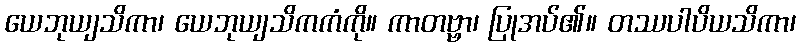
ယေဘုယျသိကာ၊ ယေဘုယျသိကကံကို။ ကာတဗ္ဗာ၊ ပြုအပ်၏။ တဿပါပိယသိကာ၊